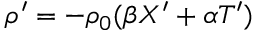
\rho ^ { \prime } = - \rho _ { 0 } ( \beta X ^ { \prime } + \alpha T ^ { \prime } )